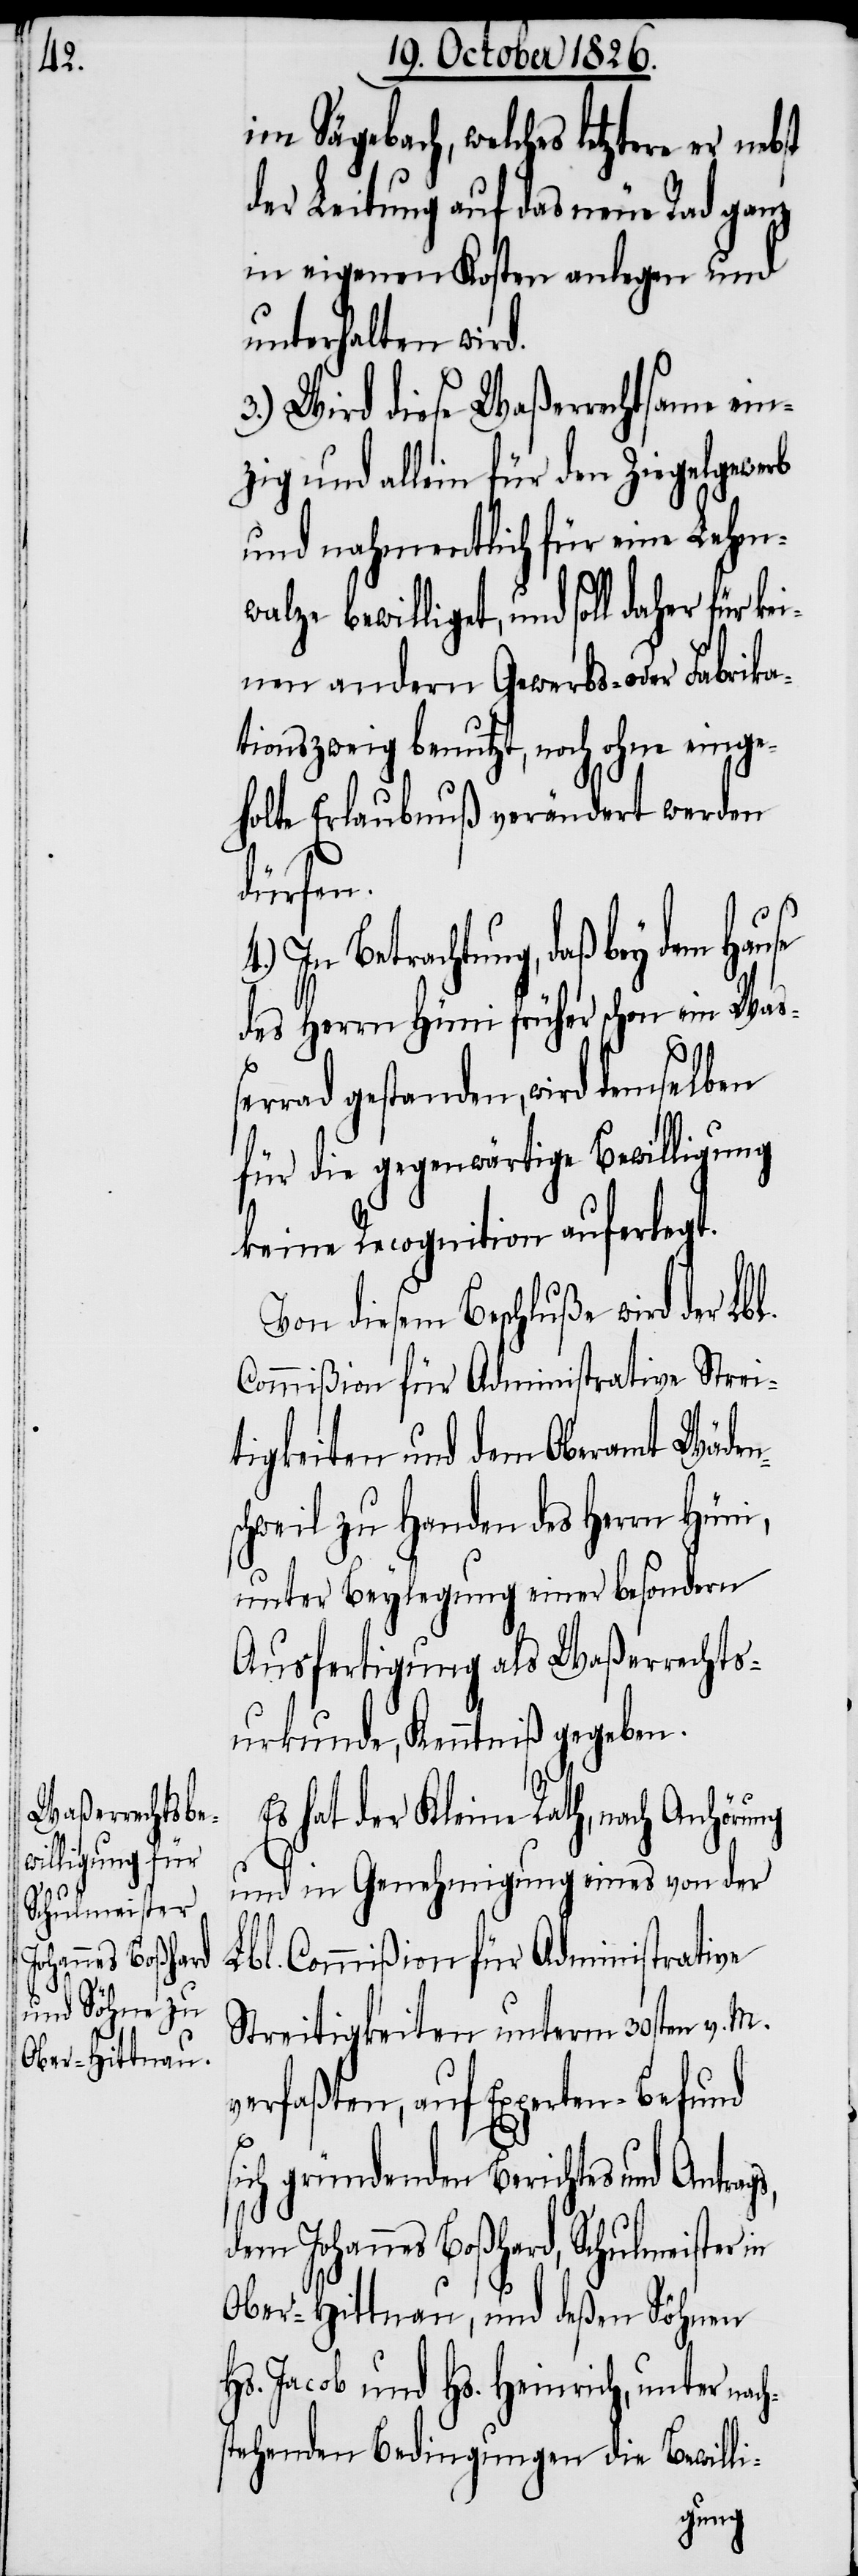
im Sägebach, welches letztere er
der Leitung auf das neue Rad ganz
in eigenen Kosten anlegen und
unterhalten wird.
3.) Wird diese Waßerrechtsame ein¬
zig und allein für den Ziegelgewerb
und nahmentlich für eine Lehm¬
walze bewilliget, und soll daher für
inen andern Gewerbs- oder Fabrika¬
tionszweig benutzt, noch ohne einge¬
holte Erlaubnuß verändert werden
dürfen.
In Betrachtung, daß bey dem Hau¬
des Herrn Hüni früher schon ein Waß¬
h¬
rad gestanden, wird demselben
für die gegenwärtige Bewilligung
keine Recognition auferlegt.
Von diesem Beschluße wird der Lb¬
Commißion für Administrative Strei¬
tigkeiten und dem Oberamt Wäden¬
schweil zu Handen des Herrn Hüni,
unter Beylegung einer besondern
Ausfertigung als Waßerrechts¬
urkunde, Kenntniß gegeben.
nebst
Es hat der Kleine Rath, nach Anhörung
und in Genehmigung eines von der
bl. Commißion für Administrative
Streitigkeiten unterm 30sten v. M.
verfaßten, auf Experten-Befund
ich gründenden Berichtes und Antrag¬
dem Johannes Boßhard, Schulmeister in
Ober-Hittnau, und deßen Söhnen
Hs. Jacob und Hs. Heinrich, unter nac¬
stehenden Bedingungen die Bewilli-